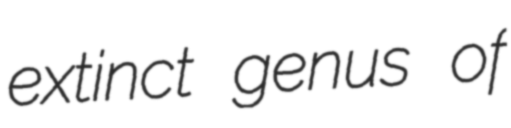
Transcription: extinct genus of